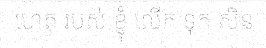
ហេតុ របស់ ខ្ញុំ លើក ទុក សិន